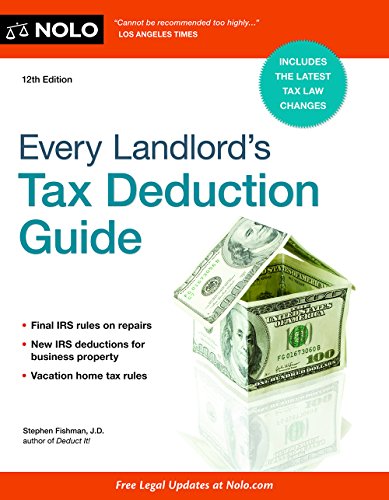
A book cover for Every Landlord's Tax Deduction Guide; Stephen Fishman J.D.; Business & Money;